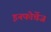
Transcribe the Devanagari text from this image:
इनफोचेंज